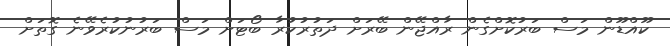
ކޫއްޑޫން މަސް ބަރުކޮށްގެން ރާއްޖޭން ބޭރަށް ދަތުރުކުރާ ބޯޓަށް މަސް ބަރުނުކުރެވޭނެ ގޮތަށް